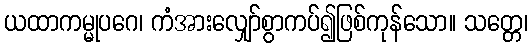
ယထာကမ္မုပဂေ၊ ကံအားလျှော်စွာကပ်၍ဖြစ်ကုန်သော။ သတ္တေ၊